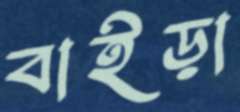
বাইড়া